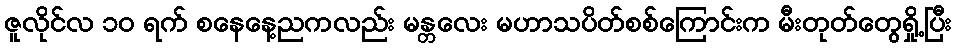
ဇူလိုင်လ ၁၀ ရက် စနေနေ့ညကလည်း မန္တလေး မဟာသပိတ်စစ်ကြောင်းက မီးတုတ်တွေရှို့ပြီး